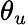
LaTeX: \theta_{u}